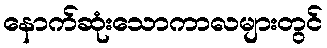
နောက်ဆုံးသောကာလများတွင်